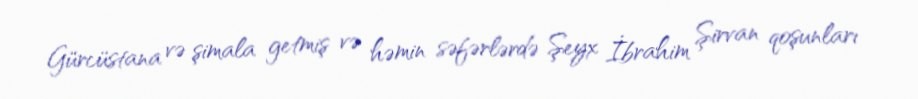
Gürcüstana və şimala getmiş və həmin səfərlərdə Şeyx İbrahim Şirvan qoşunları